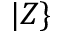
| Z \}